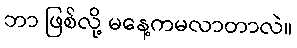
ဘာ ဖြစ်လို့ မနေ့ကမလာတာလဲ။